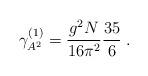
LaTeX: \begin{align*}\gamma _{A^{2}}^{(1)}=\frac{g^{2}N}{16\pi ^{2}}\frac{35}{6}\;. \end{align*}